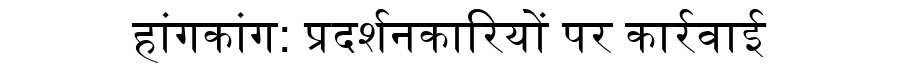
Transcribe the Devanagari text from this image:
हांगकांग: प्रदर्शनकारियों पर कार्रवाई